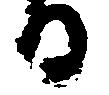
る